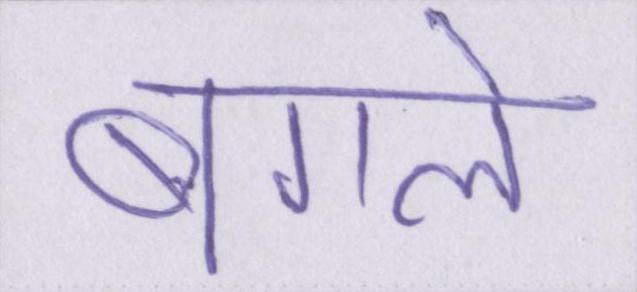
बगले